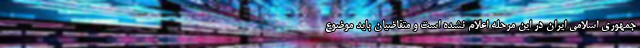
جمهوری اسلامی ایران در این مرحله اعلام نشده است و متقاضیان باید موضوع